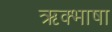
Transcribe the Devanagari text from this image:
ऋक्भाषा